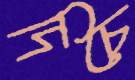
দিচে